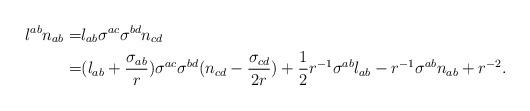
LaTeX: \begin{align*}l^{ab} n_{ab} = & l_{ab} \sigma^{ac} \sigma^{bd} n_{cd} \\ =& (l_{ab}+\frac{\sigma_{ab}}{r}) \sigma^{ac} \sigma^{bd} (n_{cd} - \frac{\sigma_{cd}}{2r}) + \frac{1}{2} r^{-1}\sigma^{ab} l_{ab} - r^{-1}\sigma^{ab}n_{ab} + r^{-2} . \\ \end{align*}